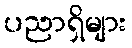
ပညာရှိများ